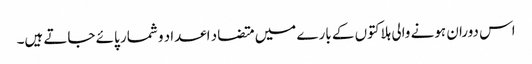
اس دوران ہونے والی ہلاکتوں کے بارے میں متضاد اعداد و شمار پائے جاتے ہیں۔